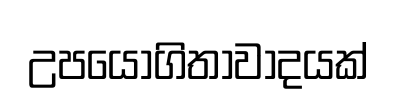
උපයෝගිතාවාදයක්